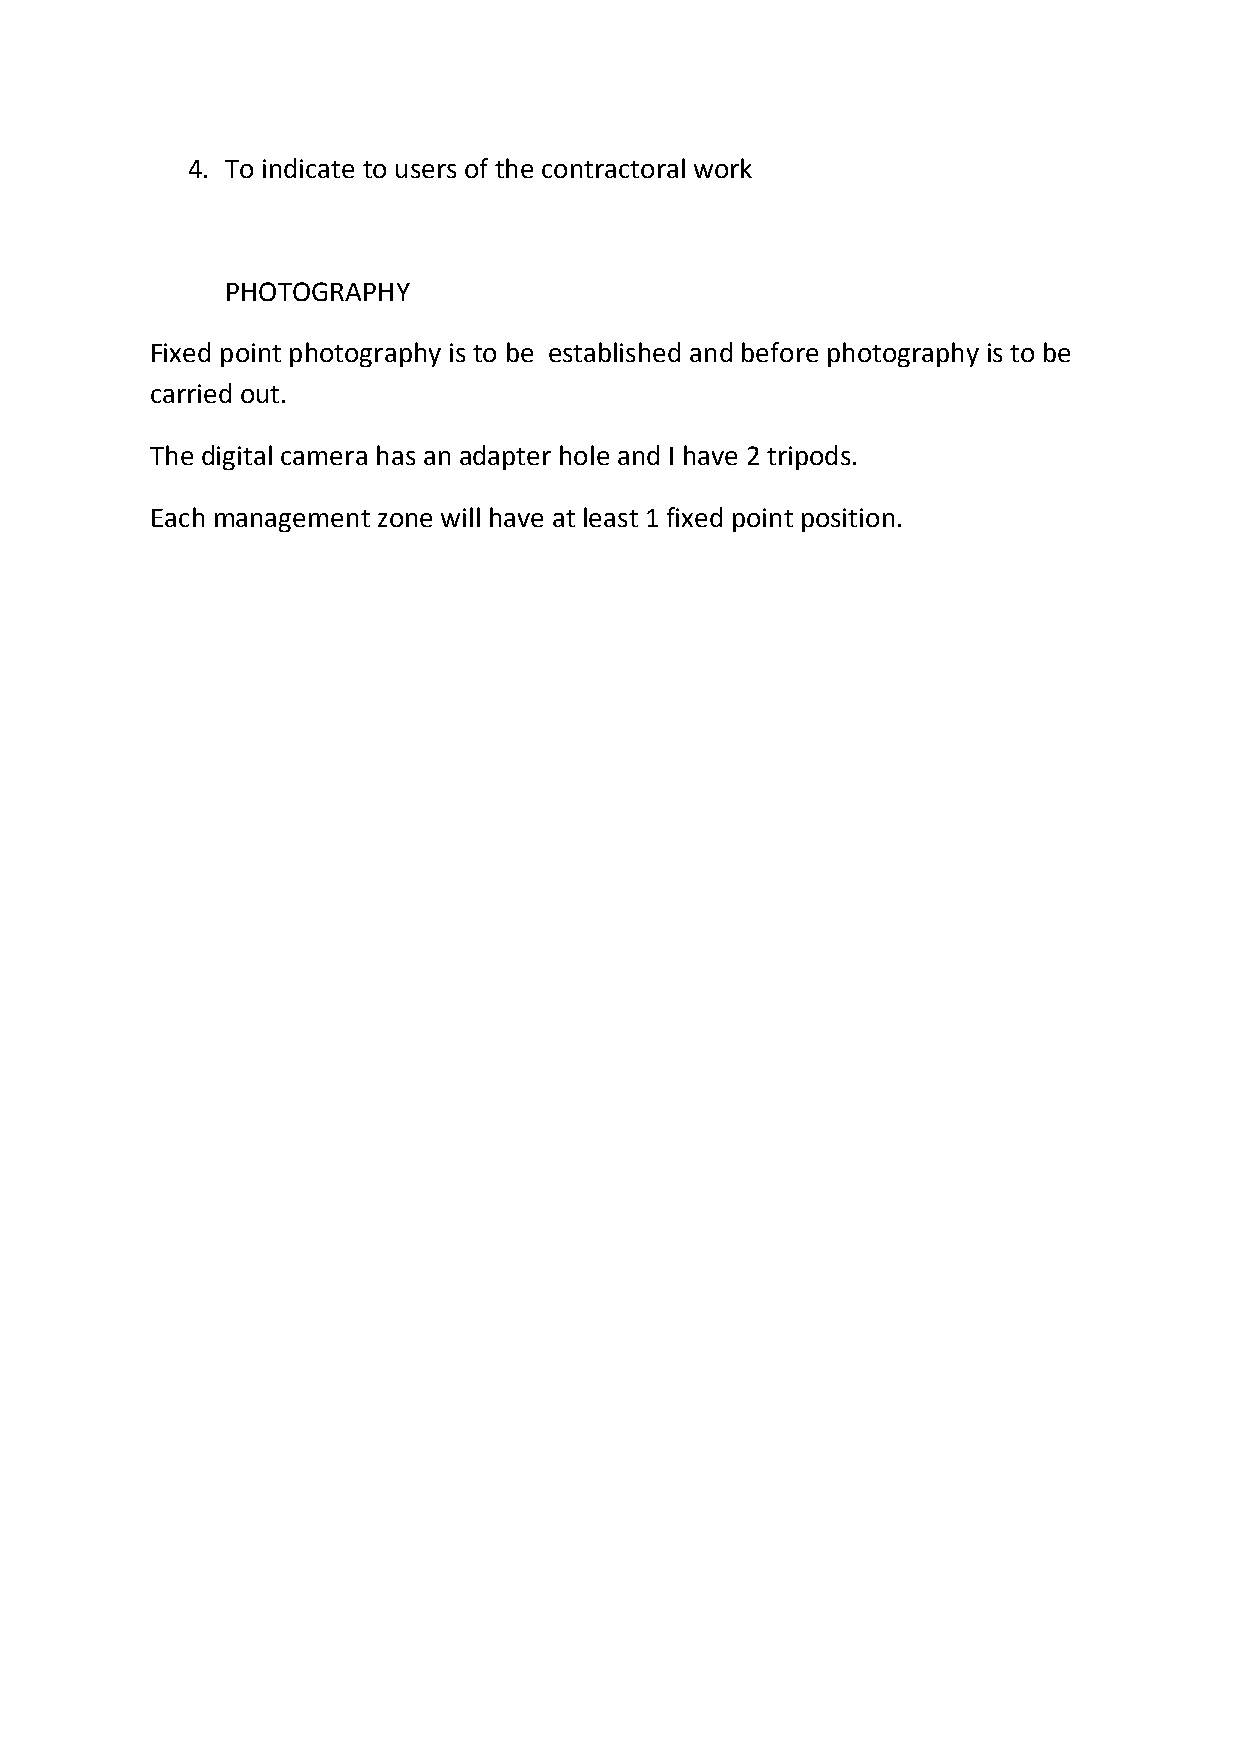
4. To indicate to users of the contractoral work
 PHOTOGRAPHY
 Fixed point photography is to be established and before photography is to be
 carried out.
 The digital camera has an adapter hole and I have 2 tripods.
 Each management zone will have at least 1 fixed point position.